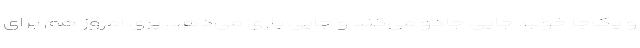
و یک‌جا خوب. جایی جادو می‌کند و جایی یاری می‌دهد. پری امروز هم برای